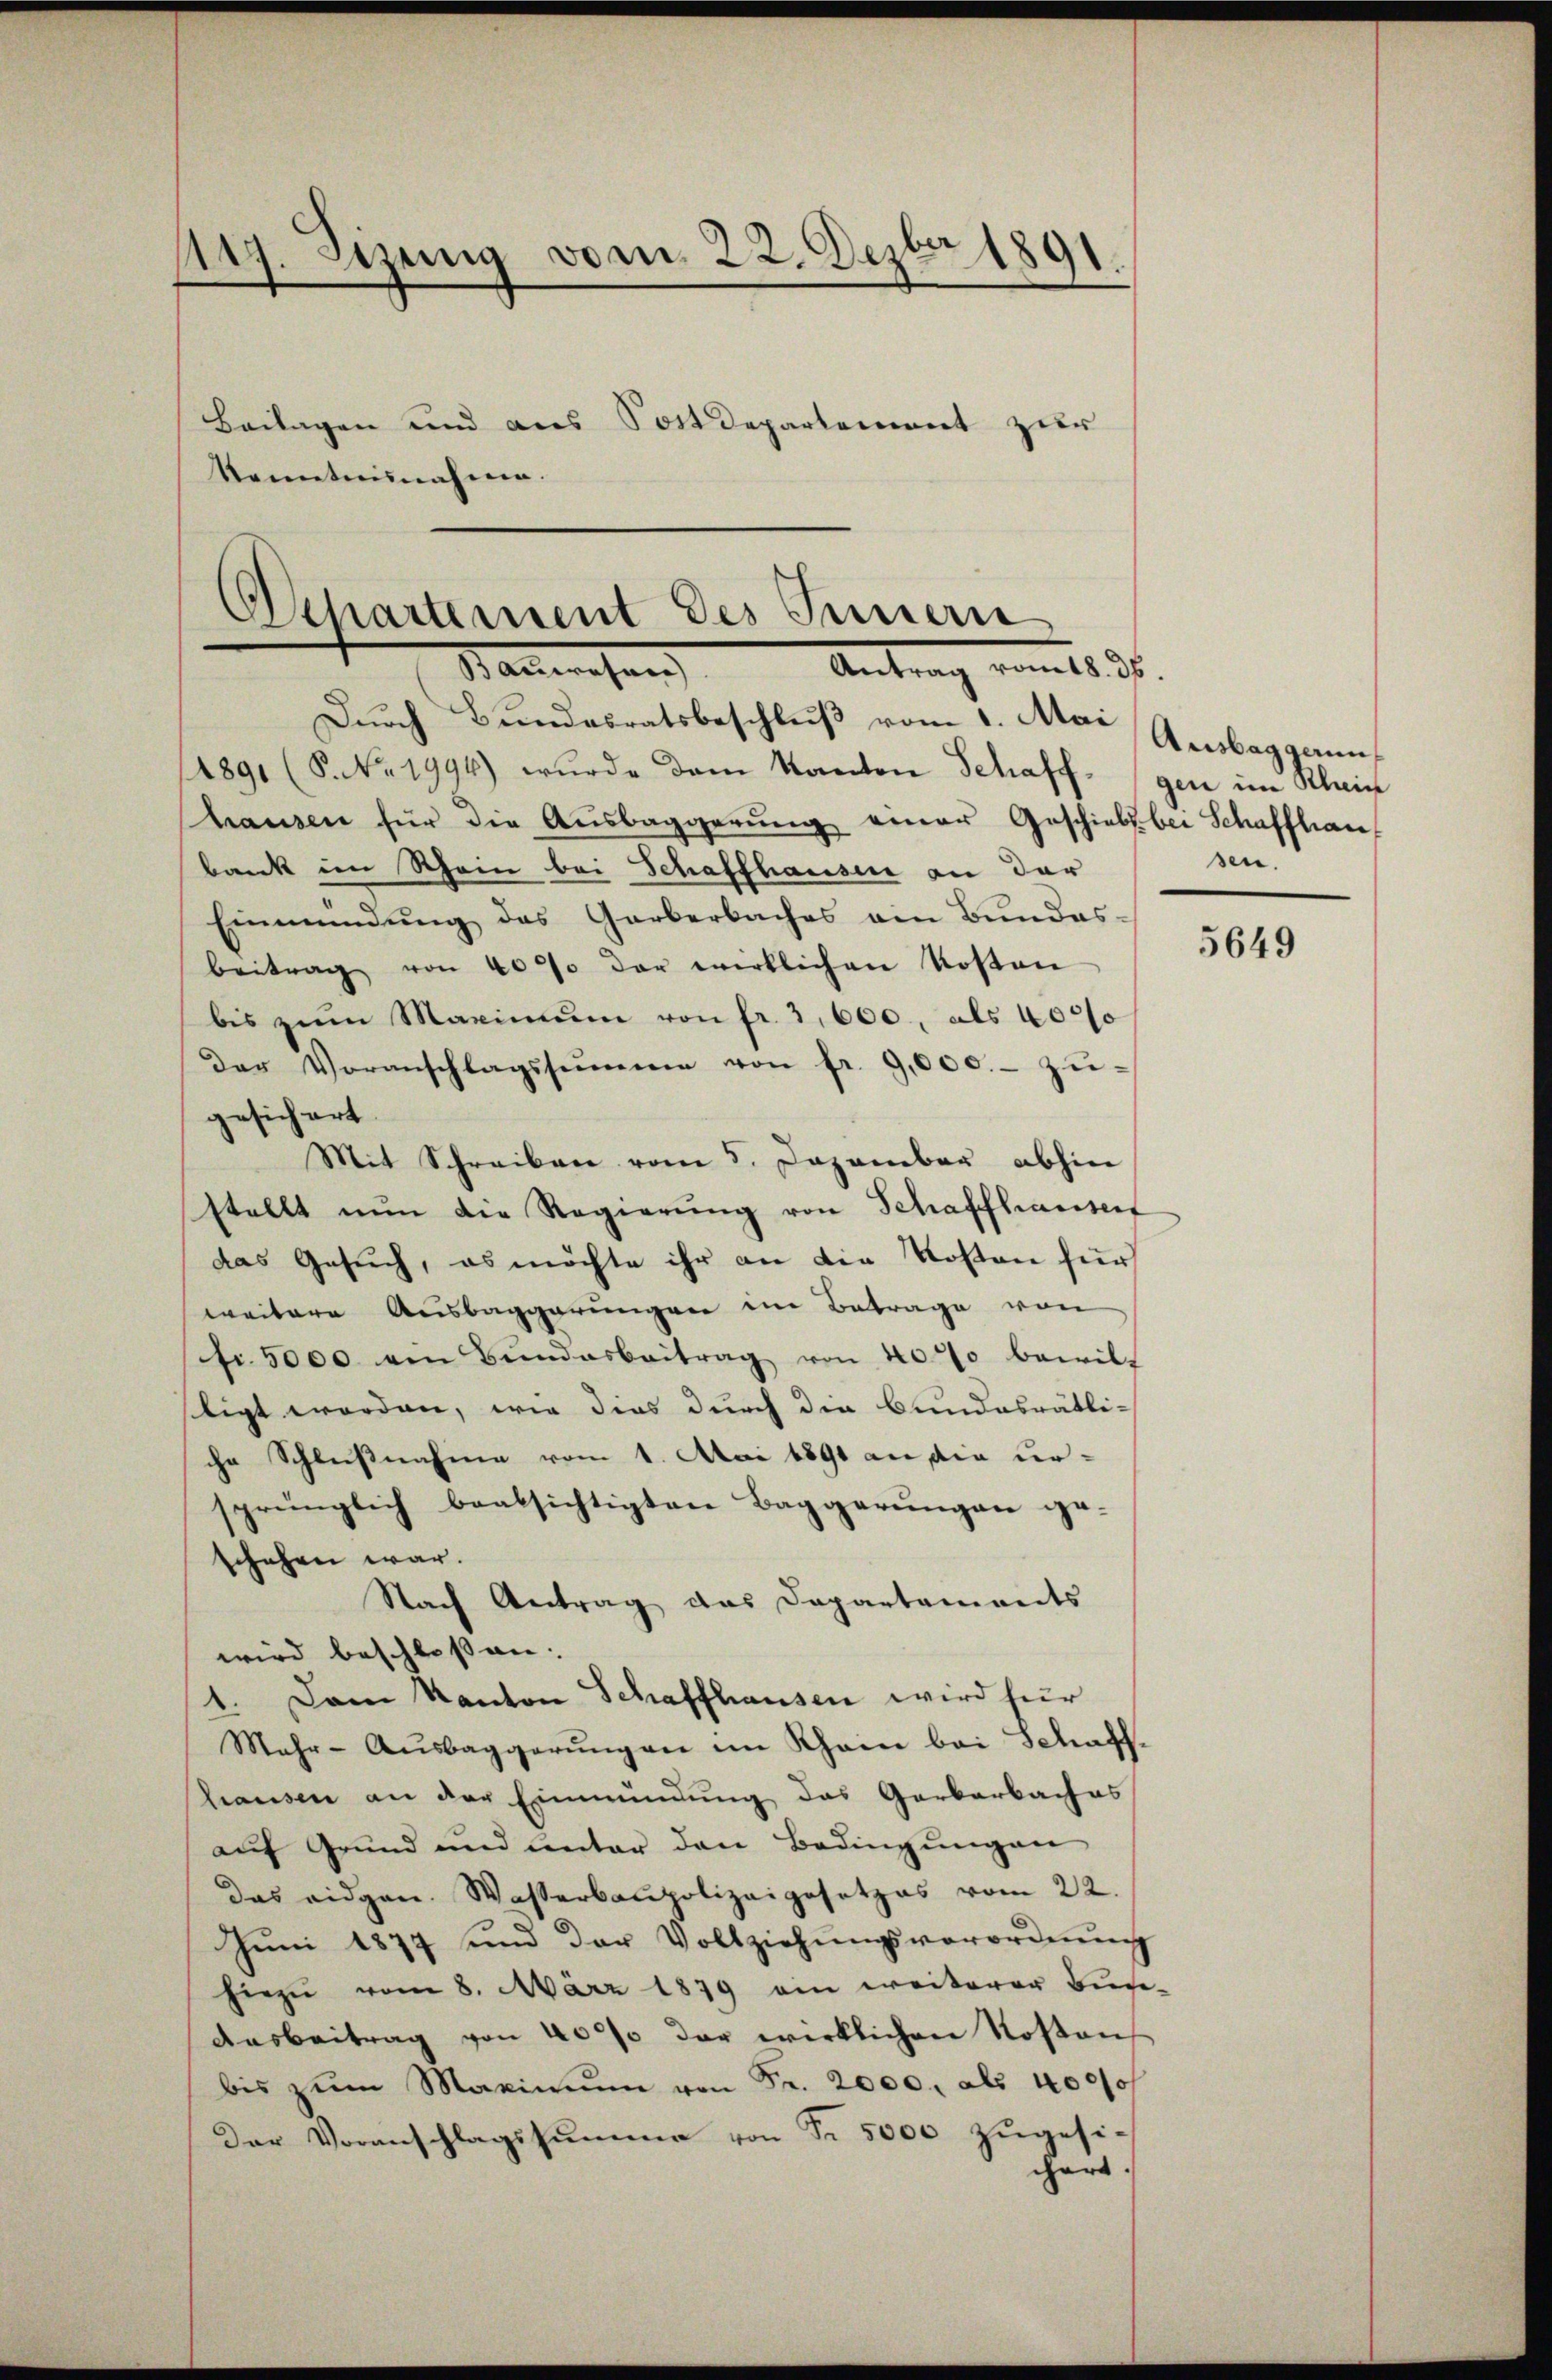
147. Sizung vom 22. Dezbr 1891
Beilagen und aus Sostdepartement zur
Kenntnisnahme.

Separtement des Innern
Antrag vom 18 d.
Bauwesen
Dŭrch Bundesratsbeschlŭβ vom 1. Mai

4891 (8. No. 1994) wurde dem Kanton Schaff gen im Rhein
hausen für die Aŭsbaggerŭng einer Geschieb bei Schaffhau
bank in Rhein bei Schaffhausen an der
Einmündung des Garberbaches ein Bundes-
beitrag von 40% der wirklichen Kosten
bis zum Maximum von fr. 3,600, als 4000
Der Voranschlagssumme von fr. 9,000.- zŭ-
gesichert.
Mit Schreiben vom 5. Dezember abhin
stellt nŭn die Regierŭng von Schaffhausert
das Gesuch, es möchte ihr an die Kosten für
weitere Ausbaggerungen im Betrage von
fr. 5000 ein Bŭndesbeitrag von 40% bewil-
sligt worden, wie dies durch die Bundesrätliche Schlußnahme vom 1. Mai 1891 an die ursprünglich beabsichtigten Baggerŭngen ge-
schehen war.
Nach Antrag das Departaments
wird beschlossen.
1. Dem Kanton Schaffhausen wird für
Mehr-Aŭsbaggerŭngen im Rhein bei Schaff-
hausen an der Einmündung das Garbarbaches
aŭf Grŭnd und unter den Bedingŭngen
das eidgen. Wasserbaupolizeigesetzes vom 22.
Jŭni 1877 und der Vollziehŭngsverordnŭng
hiezu vom 8. März 1879 ein weiterer Buse-
Aasbeitrag von 4000 der wirklichen Kostens
bis zum Maximŭm von Fr. 2000, als 4000f
Der Voranschlagssumme von Fr. 5000 zugesichart

Ausbaggaun,
sen.

5649